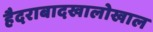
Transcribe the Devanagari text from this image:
हैदराबादखालोखाल